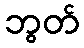
ဘွတ်